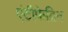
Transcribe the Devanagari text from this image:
एंटीफेब्रिन